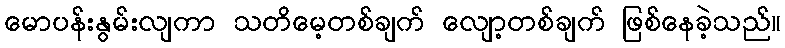
မောပန်းနွမ်းလျကာ သတိမေ့တစ်ချက် လျော့တစ်ချက် ဖြစ်နေခဲ့သည်။